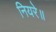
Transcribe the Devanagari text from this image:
नियरे॥